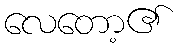
လေတော့၏